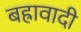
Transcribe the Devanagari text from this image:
बह्रावादी